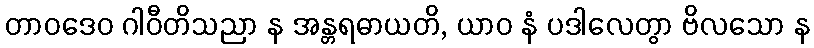
တာဝဒေဝ ဂါဝီတိသညာ န အန္တရဓာယတိ, ယာဝ နံ ပဒါလေတွာ ဗိလသော န